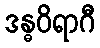
ဒန္ဓဝိရာဂီ